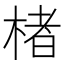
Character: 楮